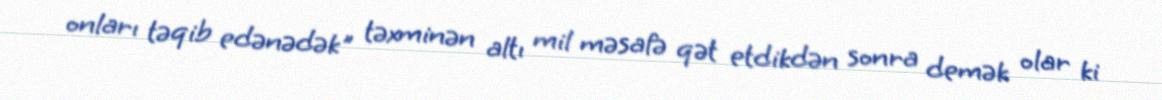
onları təqib edənədək" təxminən altı mil məsafə qət etdikdən sonra demək olar ki